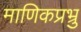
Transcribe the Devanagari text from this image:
माणिकप्रभ्रु